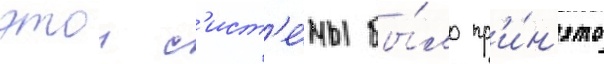
этои с'ист'е́мы бы́ло пр'и́н'ято